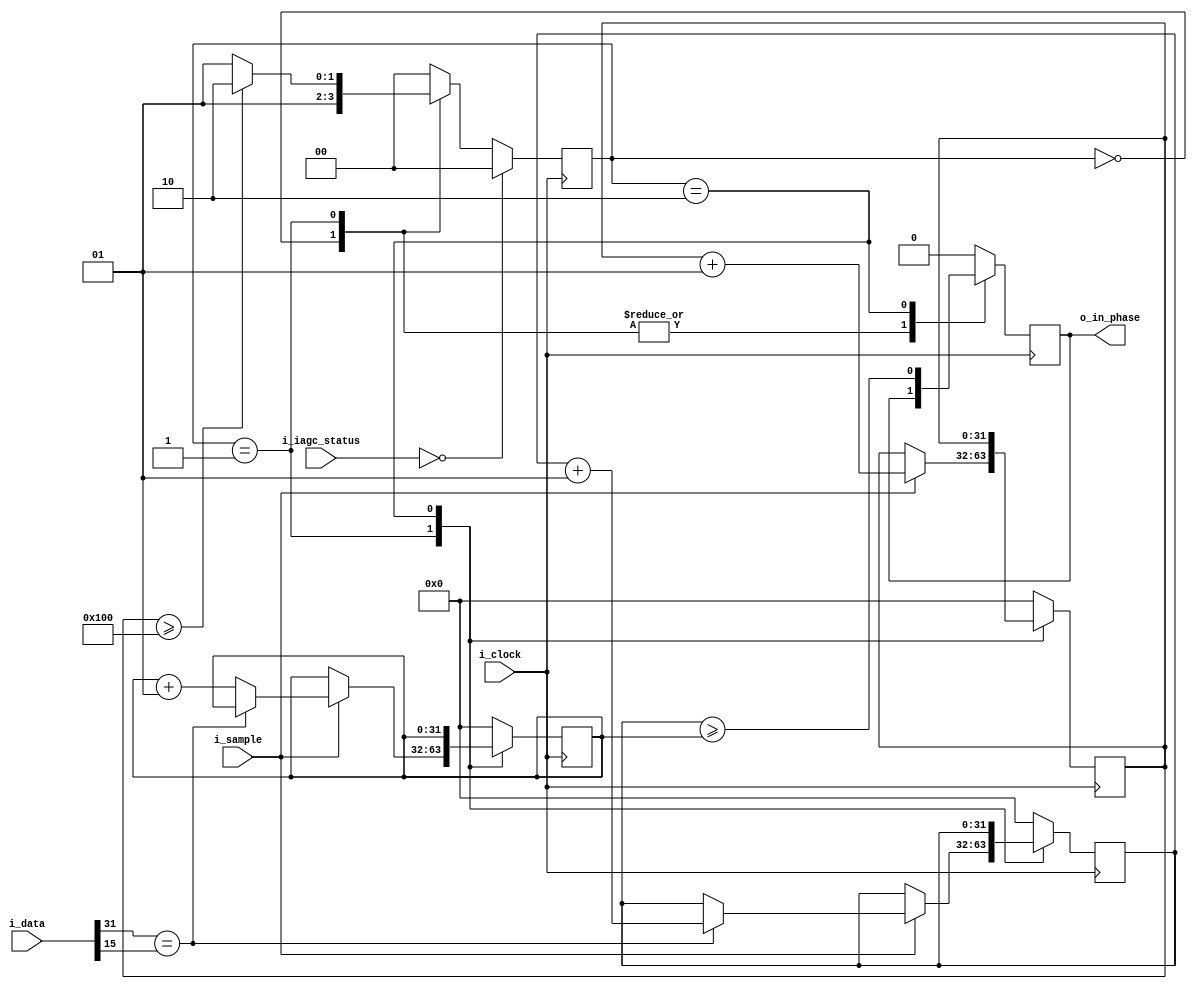
`timescale 1ns / 1ps `default_nettype none

module phase_detector #(
    parameter IAGC_STATUS_SIZE = 4,
    parameter AXIS_DATA_SIZE = 32,
    parameter PHASE_COUNT = 256
) (
    input  wire                             i_clock,
    input  wire                             i_sample,
    input  wire [IAGC_STATUS_SIZE  - 1 : 0] i_iagc_status,
    input  wire [AXIS_DATA_SIZE    - 1 : 0] i_data,
    output wire                             o_in_phase
);

  localparam IAGC_STATUS_RESET = 4'b0000;
  localparam IAGC_STATUS_INIT = 4'b0001;

  localparam STATUS_SIZE = 2;

  localparam STATUS_INIT = 0;
  localparam STATUS_SAMPLE = 1;
  localparam STATUS_DETECT = 2;

  reg     [STATUS_SIZE - 1 : 0] status;
  reg     [STATUS_SIZE - 1 : 0] next_status;

  integer                       phase_counter;
  integer                       no_phase_counter;
  integer                       samples;
  reg                           in_phase;
  wire                          same_polarity;

  always @(posedge i_clock) begin

    status <= i_iagc_status == IAGC_STATUS_RESET ? STATUS_INIT : next_status;

    case (status)

      STATUS_INIT: begin
        phase_counter    <= 0;
        no_phase_counter <= 0;
        samples          <= 0;
        in_phase         <= in_phase;
      end

      STATUS_SAMPLE: begin
        if (i_sample) begin
          if (same_polarity) phase_counter <= phase_counter + 1;
          else no_phase_counter <= no_phase_counter + 1;

          samples <= samples + 1;
        end else begin
          samples          <= samples;
          phase_counter    <= phase_counter;
          no_phase_counter <= no_phase_counter;
        end

        in_phase <= in_phase;
      end

      STATUS_DETECT: begin
        samples          <= samples;
        phase_counter    <= phase_counter;
        no_phase_counter <= no_phase_counter;
        in_phase         <= phase_counter >= no_phase_counter;
      end

      default: begin
        phase_counter    <= 0;
        no_phase_counter <= 0;
        samples          <= 0;
        in_phase         <= 1'b0;
      end

    endcase
  end

  always @(*) begin
    case (status)
      STATUS_INIT:   next_status = i_iagc_status == IAGC_STATUS_RESET ? STATUS_INIT : STATUS_SAMPLE;
      STATUS_SAMPLE: next_status = samples >= PHASE_COUNT ? STATUS_DETECT : STATUS_SAMPLE;
      STATUS_DETECT: next_status = STATUS_INIT;
      default:       next_status = STATUS_INIT;
    endcase
  end

  assign same_polarity = i_data[AXIS_DATA_SIZE-1] == i_data[(AXIS_DATA_SIZE/2)-1];
  assign o_in_phase = in_phase;

endmodule

`default_nettype wire